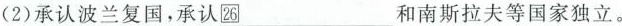
(2)承认波兰复国，承认26_和南斯拉夫等国家独立。